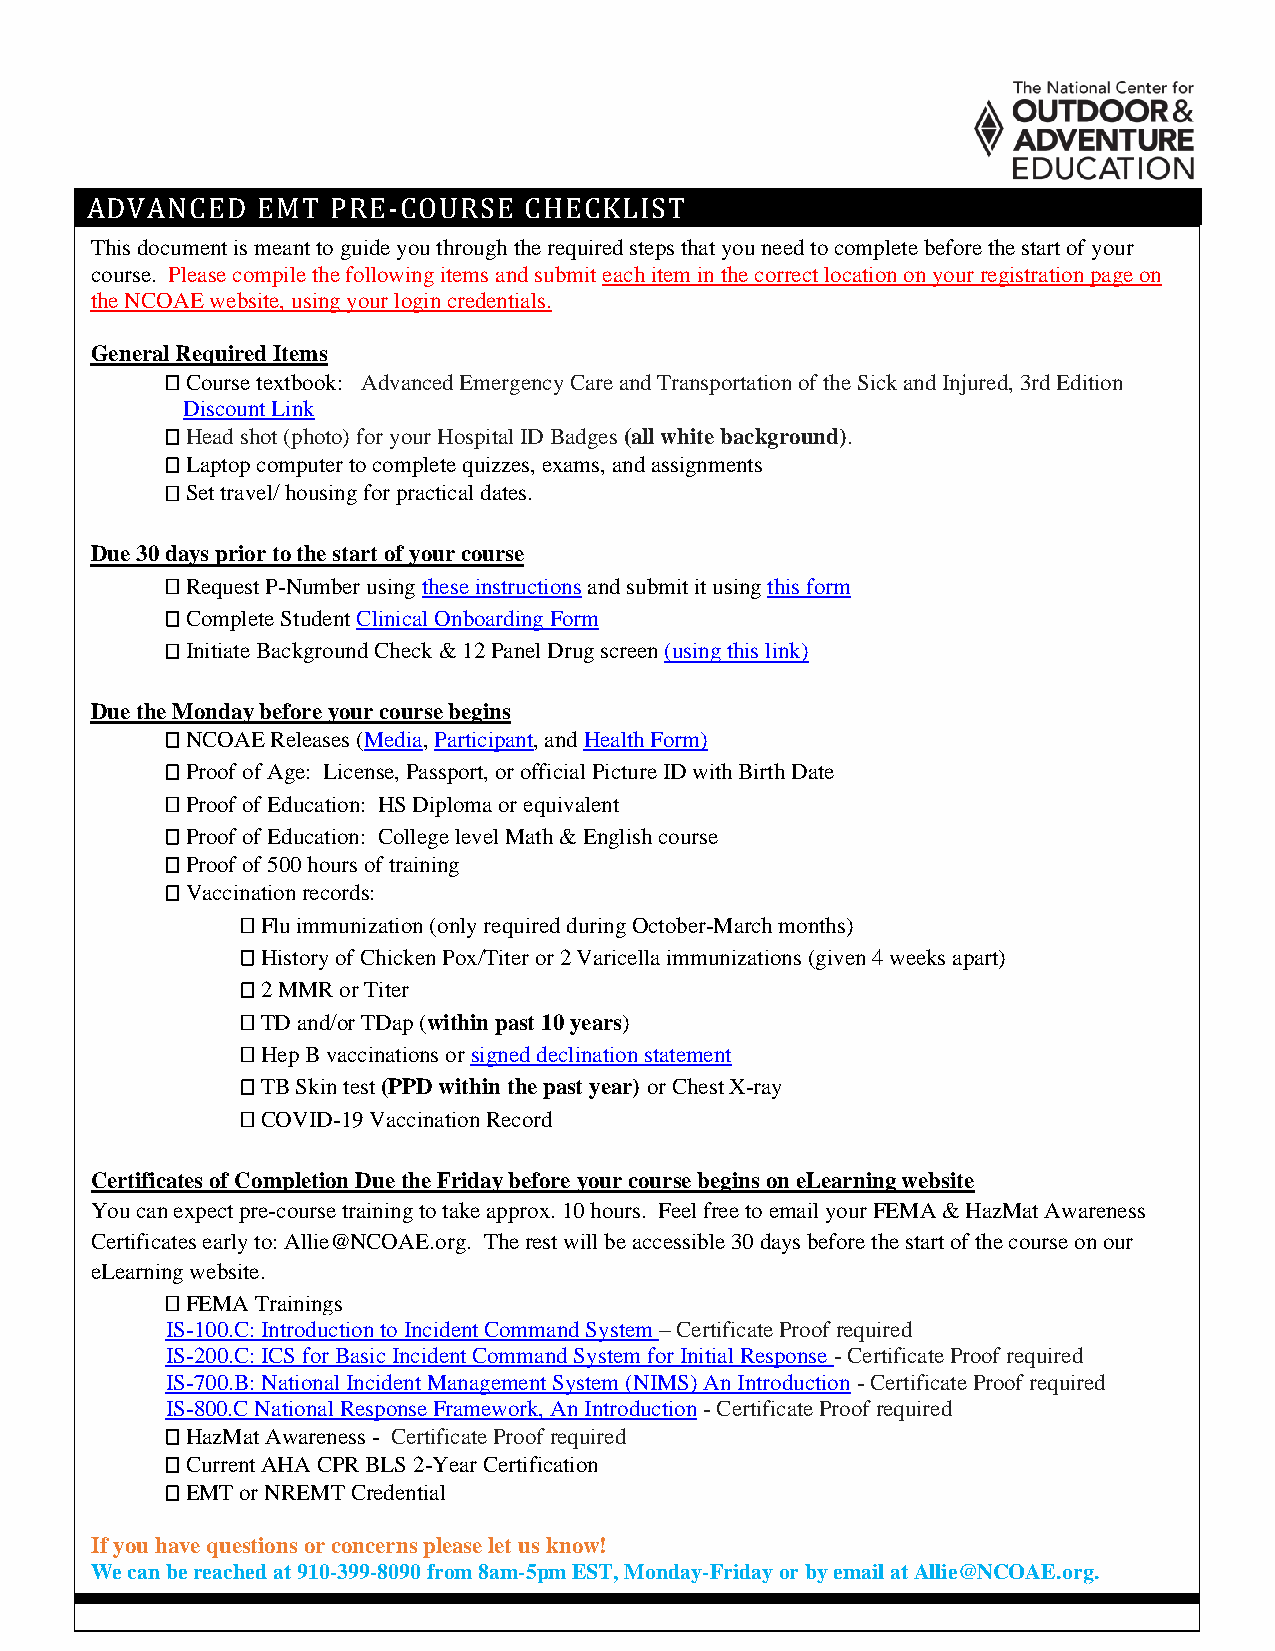
ADVANCED   EMT  PRE-COURSE   CHECKLIST
 This document is meant to guide you through the required steps that you need to complete before the start of your
 course. Please compile the following items and submit each item in the correct location on your registration page on
 the NCOAE website, using your login credentials.
 General Required Items
  Course textbook: Advanced Emergency Care and Transportation of the Sick and Injured, 3rd Edition
 Discount Link
  Head shot (photo) for your Hospital ID Badges (all white background).
  Laptop computer to complete quizzes, exams, and assignments
  Set travel/ housing for practical dates.
 Due 30 days prior to the start of your course
  Request P-Number using these instructions and submit it using this form
  Complete Student Clinical Onboarding Form
  Initiate Background Check & 12 Panel Drug screen (using this link)
 Due the Monday before your course begins
  NCOAE Releases (Media, Participant, and Health Form)
  Proof of Age: License, Passport, or official Picture ID with Birth Date
  Proof of Education: HS Diploma or equivalent
  Proof of Education: College level Math & English course
  Proof of 500 hours of training
  Vaccination records:
  Flu immunization (only required during October-March months)
  History of Chicken Pox/Titer or 2 Varicella immunizations (given 4 weeks apart)
  2 MMR or Titer
  TD and/or TDap (within past 10 years)
  Hep B vaccinations or signed declination statement
  TB Skin test (PPD within the past year) or Chest X-ray
  COVID-19 Vaccination Record
 Certificates of Completion Due the Friday before your course begins on eLearning website
 You can expect pre-course training to take approx. 10 hours. Feel free to email your FEMA & HazMat Awareness
 Certificates early to: Allie@NCOAE.org. The rest will be accessible 30 days before the start of the course on our
 eLearning website.
  FEMA Trainings
 IS-100.C: Introduction to Incident Command System – Certificate Proof required
 IS-200.C: ICS for Basic Incident Command System for Initial Response - Certificate Proof required
 IS-700.B: National Incident Management System (NIMS) An Introduction - Certificate Proof required
 IS-800.C National Response Framework, An Introduction - Certificate Proof required
  HazMat Awareness - Certificate Proof required
  Current AHA CPR BLS 2-Year Certification
  EMT or NREMT Credential
 If you have questions or concerns please let us know!
 We can be reached at 910-399-8090 from 8am-5pm EST, Monday-Friday or by email at Allie@NCOAE.org.